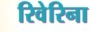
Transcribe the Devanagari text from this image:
रिवेरिना